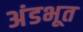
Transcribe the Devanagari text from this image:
अंडभूत